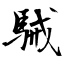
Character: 駴